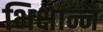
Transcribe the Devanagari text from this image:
भिक्षान्न